Report on vaccination in the Province of Bengal - 1869-1873
Year: 1869
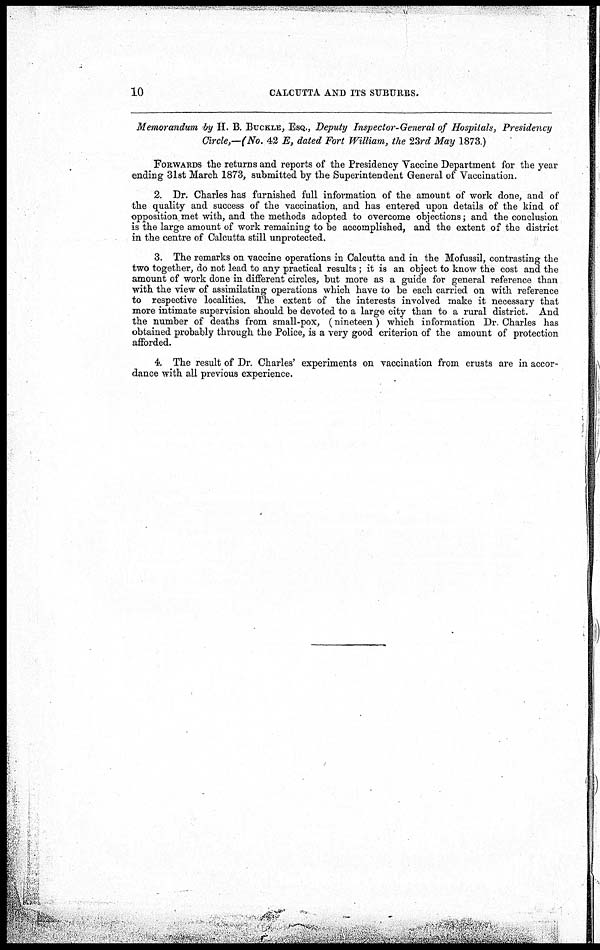
10
CALCUTTA AND ITS SUBURBS.
Memorandum by H. B. BUCKLE, ESQ., Deputy Inspector-General of Hospitals, Presidency
Circle,—(No. 42 E, dated Fort William, the 23rd May 1873.)
FORWARDS the returns and reports of the Presidency Vaccine Department for the year
ending 31st March 1873, submitted by the Superintendent General of Vaccination.
2. Dr. Charles has furnished full information of the amount of work done, and of
the quality and success of the vaccination, and has entered upon details of the kind of
opposition met with, and the methods adopted to overcome objections; and the conclusion
is the large amount of work remaining to be accomplished, and the extent of the district
in the centre of Calcutta still unprotected.
3. The remarks on vaccine operations in Calcutta and in the Mofussil, contrasting the
two together, do not lead to any practical results ; it is an object to know the cost and the
amount of work done in different circles, but more as a guide for general reference than
with the view of assimilating operations which have to be each carried on with reference
to respective localities. The extent of the interests involved make it necessary that
more intimate supervision should be devoted to a large city than to a rural district. And
the number of deaths from small-pox, (nineteen) which information Dr. Charles has
obtained probably through the Police, is a very good criterion of the amount of protection
afforded.
4. The result of Dr. Charles' experiments on vaccination from crusts are in accor-
dance with all previous experience.